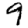
Digit: 9